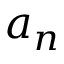
a _ { n }